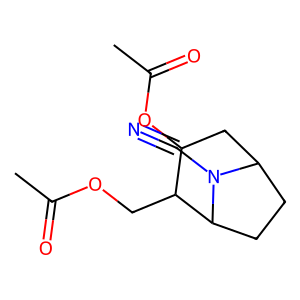
SMILES: CC(=O)OCC1C(OC(C)=O)CC2CCC1N2C#N
Inhibits HIV replication: No